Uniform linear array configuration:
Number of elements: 24
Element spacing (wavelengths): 0.25
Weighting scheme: uniform
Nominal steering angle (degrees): -15
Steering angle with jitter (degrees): -15.095
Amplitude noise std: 0.05
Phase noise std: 0.05

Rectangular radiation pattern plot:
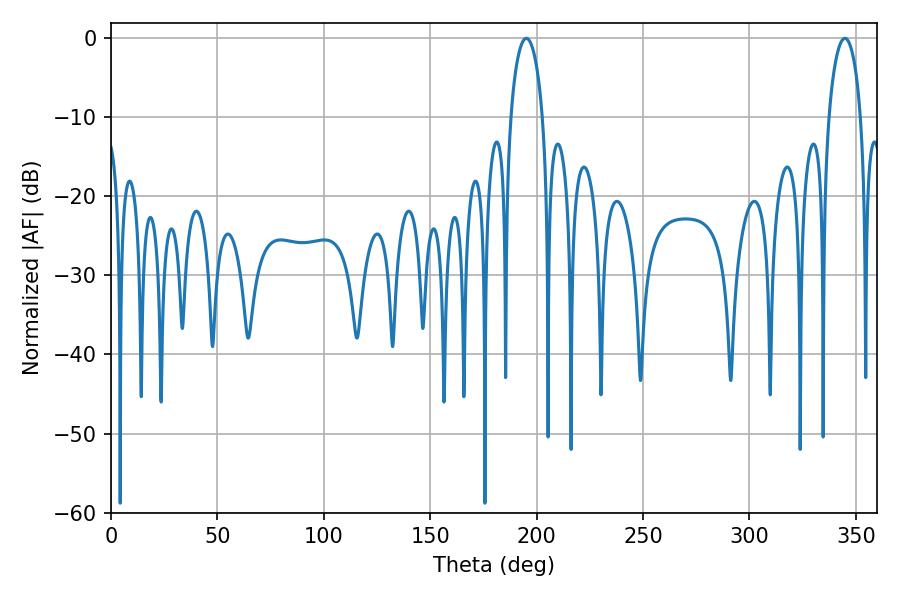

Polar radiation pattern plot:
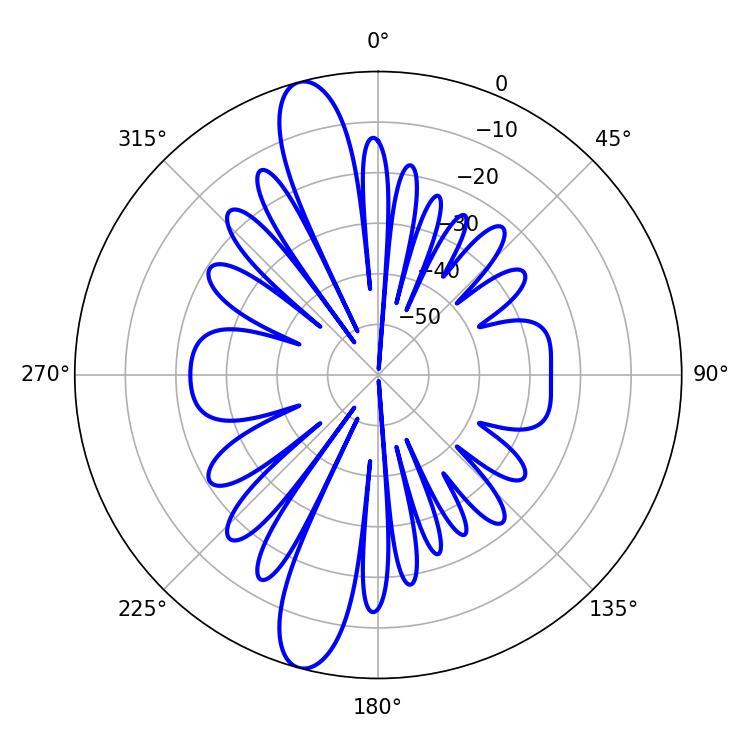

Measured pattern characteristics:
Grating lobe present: FALSE
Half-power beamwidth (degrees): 8.64
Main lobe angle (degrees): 195.12